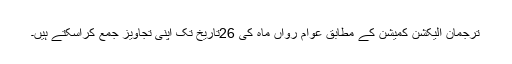
ترجمان الیکشن کمیشن کے مطابق عوام رواں ماہ کی 26تاریخ تک اپنی تجاویز جمع کراسکتے ہیں۔